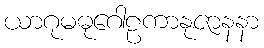
ယာဂုမဓုဂေါဠကာနုဇာနနာ